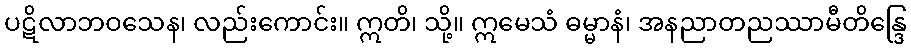
ပဋိလာဘဝသေန၊ လည်းကောင်း။ ဣတိ၊ သို့။ ဣမေသံ ဓမ္မာနံ၊ အနညာတညဿာမီတိန္ဒြေ